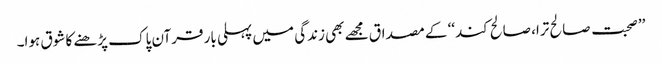
’’صحبت صالح ترا، صالح کند‘‘ کے مصداق مجھے بھی زندگی میں پہلی بار قرآن پاک پڑھنے کا شوق ہوا۔